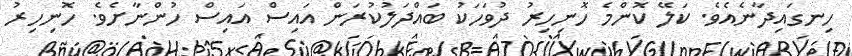
ހިނގައިދާނެއެވެ. ކަލޭ ކޮންމެ ހޮނިހިރު ދުވަހަކު ބައްދަލުކުރަން އައިސް އައިސް ހުންނާށެވެ. ހޮނިހިރު